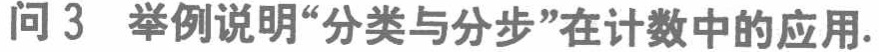
问 3 举例说明“分类与分步”在计数中的应用.